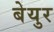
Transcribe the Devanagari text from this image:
बेयुर